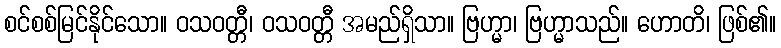
စင်စစ်မြင်နိုင်သော။ ဝသဝတ္တီ၊ ဝသဝတ္တီ အမည်ရှိသာ။ ဗြဟ္မာ၊ ဗြဟ္မာသည်။ ဟောတိ၊ ဖြစ်၏။